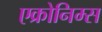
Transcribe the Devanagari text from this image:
एक्रोनिम्स